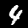
Label: 4